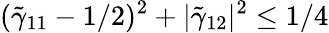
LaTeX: (\tilde{\gamma}_{11}-1/2)^{2}+|\tilde{\gamma}_{12}|^{2}\leq 1/4